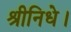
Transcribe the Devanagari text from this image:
श्रीनिधे।